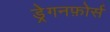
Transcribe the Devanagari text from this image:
ड्रेगनफ़ोर्स